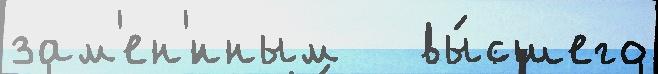
зам'ен'́нным   вы́сшего